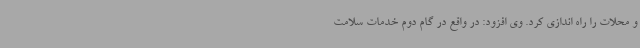
و محلات را راه اندازی کرد. وی افزود: در واقع در گام دوم خدمات سلامت